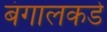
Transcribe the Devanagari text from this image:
बंगालकडे